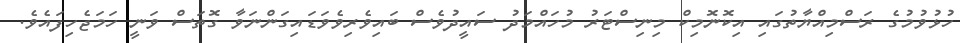
ހުޅުވުމުގެ ރަސްމިއްޔާތުގައި އިކޮނޮމިކް މިނިސްޓަރު މުހައްމަދު ސައީދުވެސް ބައިވެރިވެވަޑައިގަންނަވާ ގޮތަސް ވަނީ ހަމަޖެހިފައެވެ.